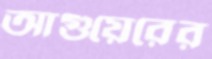
আগুয়েরের